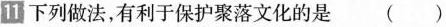
下列做法，有利于保护聚落文化的是( )